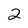
Character: 2